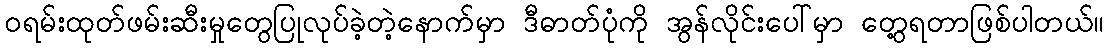
ဝရမ်းထုတ်ဖမ်းဆီးမှုတွေပြုလုပ်ခဲ့တဲ့နောက်မှာ ဒီဓာတ်ပုံကို အွန်လိုင်းပေါ်မှာ တွေ့ရတာဖြစ်ပါတယ်။